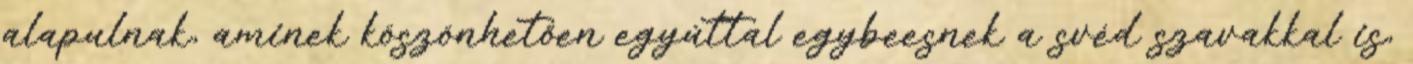
alapulnak, aminek köszönhetően egyúttal egybeesnek a svéd szavakkal is,